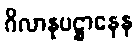
ဂိလာနုပဋ္ဌာနေန